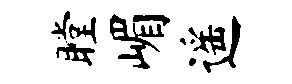
瞠嵋遥